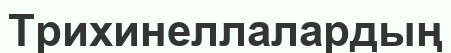
Трихинеллалардың